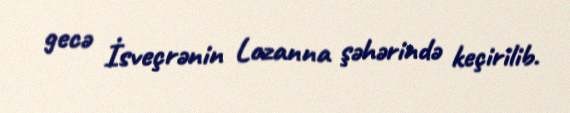
gecə İsveçrənin Lozanna şəhərində keçirilib.